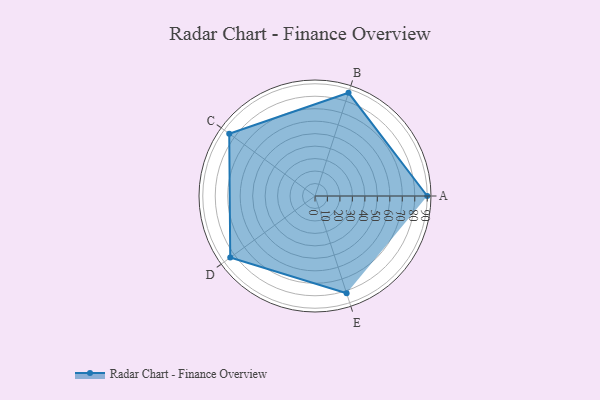
{"axis": {"x": "Skill", "y": "Score"}, "legend": ["Profile"], "data": [{"x": "A", "y": 90.0, "type": "Profile"}, {"x": "B", "y": 87.0, "type": "Profile"}, {"x": "C", "y": 85.0, "type": "Profile"}, {"x": "D", "y": 84.0, "type": "Profile"}, {"x": "E", "y": 82.0, "type": "Profile"}]}